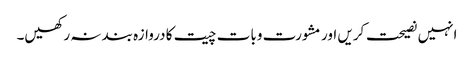
انہیں نصیحت کریں اور مشورت وبات چیت کا دروازہ بند نہ رکھیں۔